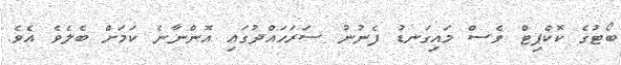
ބޯޓުގެ ކޮކްޕިޓް ވެސް މައިގަނޑު ފެނުނު ސަރަހައްދުގައި އޮންނާނެ ކަމަށް ބެލެވެ އެވެ.